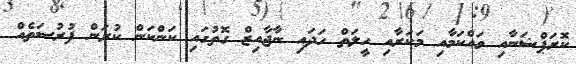
ކޮރަޕްޝަނާއި ވައްކަމާއި މަކަރާއި ހީލަތް ހަދައި ނާޖާއިޒް ގޮތުގައި ކަންކަން ކުރަން ފުރުސަތެއް